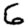
Digit: 6